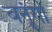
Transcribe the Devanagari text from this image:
बनूंगा